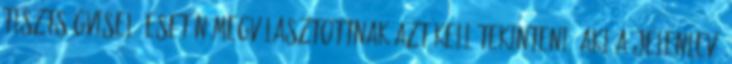
tisztségviselő esetén megválasztottnak azt kell tekinteni, aki a jelenlevő